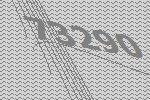
73290